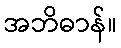
အဘိဓာန်။